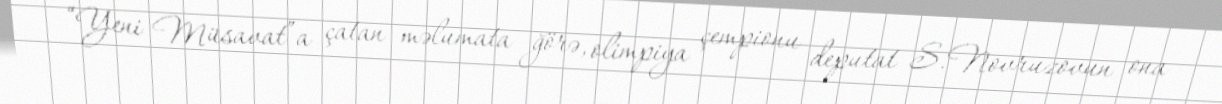
“Yeni Müsavat”a çatan məlumata ğörə, olimpiya çempionu deputat S.Novruzovun ona